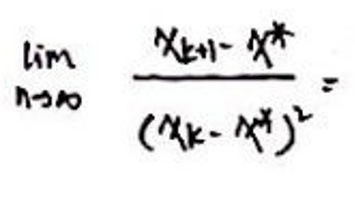
\[
\lim_{n\rightarrow\infty}\frac{x_{k + 1}-x^*}{(x_{k}-x^*)^2}
\]